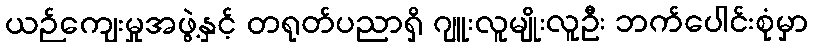
ယဉ်ကျေးမှုအဖွဲ့နှင့် တရုတ်ပညာရှိ ဂျူးလူမျိုးလူဦး ဘက်ပေါင်းစုံမှာ